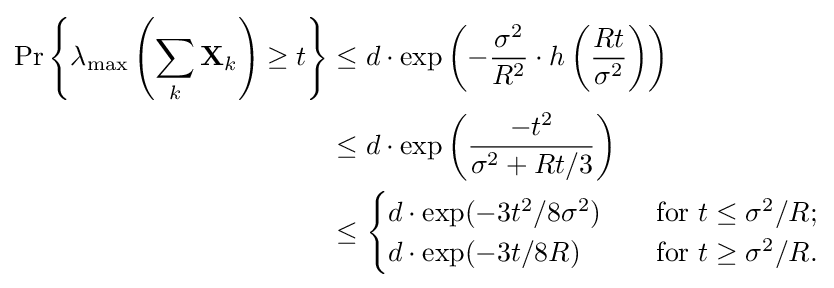
{\begin{aligned}\Pr \left\{\lambda _{\text{max}}\left(\sum _{k}\mathbf {X} _{k}\right)\geq t\right\}&\leq d\cdot \exp \left(-{\frac {\sigma ^{2}}{R^{2}}}\cdot h\left({\frac {Rt}{\sigma ^{2}}}\right)\right)\\&\leq d\cdot \exp \left({\frac {-t^{2}}{\sigma ^{2}+Rt/3}}\right)\\&\leq {\begin{cases}d\cdot \exp(-3t^{2}/8\sigma ^{2})\quad &{\text{for }}t\leq \sigma ^{2}/R;\\d\cdot \exp(-3t/8R)\quad &{\text{for }}t\geq \sigma ^{2}/R.\\\end{cases}}\end{aligned}}